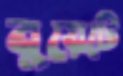
বুয়েটে